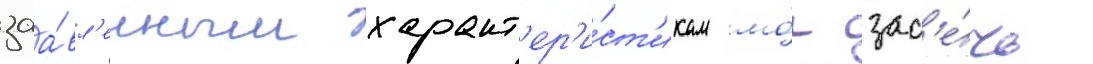
заа́вл'енным характ'ер'и́ст'икам мо́г зас'е́чь